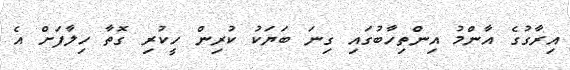
އިރާގުގެ އާންމު އިންތިހާބުގައި ގިނަ ބަޔަކު ކުރިން ހީކުރި ގޮތާ ހިލާފަށް އެ